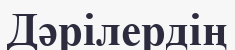
Дәрілердің